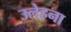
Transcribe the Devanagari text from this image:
उलेहना